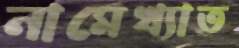
নামেখ্যাত